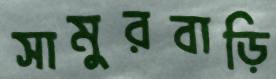
সামুরবাড়ি